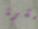
حشرة